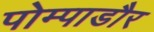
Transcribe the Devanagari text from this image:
पोम्पाडौर